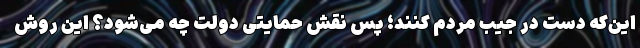
این‌که دست در جیب مردم کنند؛ پس نقش حمایتی دولت چه می‌شود؟ این روش